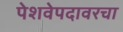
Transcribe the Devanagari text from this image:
पेशवेपदावरचा